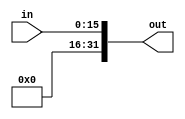
`timescale 1ns / 1ps
//////////////////////////////////////////////////////////////////////////////////
// Company: 
// Engineer: 
// 
// Design Name: 
// Module Name: Unsign_Extend
// Project Name: 
// Target Devices: 
// Tool Versions: 
// Description: 
// 
// Dependencies: 
// 
// Revision:
// Revision 0.01 - File Created
// Additional Comments:
// 
//////////////////////////////////////////////////////////////////////////////////


module Unsign_Extend(
    input [15:0] in,
    output [31:0] out
    );
    
    assign out = {16'b0, in}; 
    
endmodule